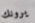
يرونك